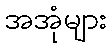
အအုံများ